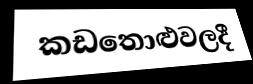
කඩතොළුවලදී